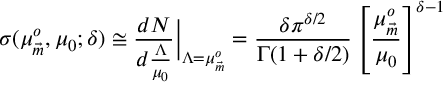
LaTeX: \sigma ( \mu _ { \vec { m } } ^ { o } , \mu _ { 0 } ; \delta ) \cong \frac { d N } { d \frac { \Lambda } { \mu _ { 0 } } } \bigg \vert _ { \Lambda = \mu _ { \vec { m } } ^ { o } } = \frac { \delta \pi ^ { \delta / 2 } } { \Gamma ( 1 + \delta / 2 ) } \left[ \frac { \mu _ { \vec { m } } ^ { o } } { \mu _ { 0 } } \right] ^ { \delta - 1 }